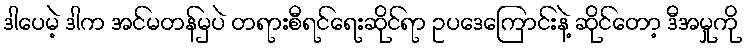
ဒါပေမဲ့ ဒါက အင်မတန်မှပဲ တရားစီရင်ရေးဆိုင်ရာ ဥပဒေကြောင်းနဲ့ ဆိုင်တော့ ဒီအမှုကို